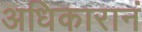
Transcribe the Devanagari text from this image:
अधिकारानं